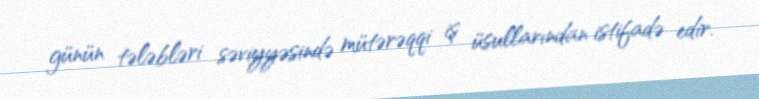
günün tələbləri səviyyəsində mütərəqqi iş üsullarından istifadə edir.